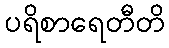
ပရိစာရေတီတိ